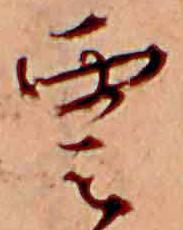
雲